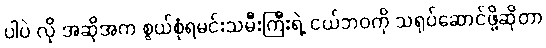
ပါပဲ လို အဆိုအက စွယ်စုံရမင်းသမီးကြီးရဲ့ ငယ်ဘဝကို သရုပ်ဆောင်ဖို့ဆိုတာ